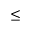
\leq